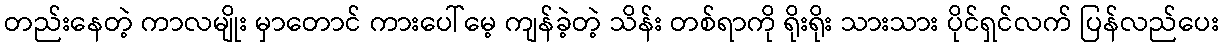
တည်းနေတဲ့ ကာလမျိုး မှာတောင် ကားပေါ်မေ့ ကျန်ခဲ့တဲ့ သိန်း တစ်ရာကို ရိုးရိုး သားသား ပိုင်ရှင်လက် ပြန်လည်ပေး